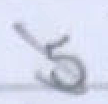
Text: 5
Cross-out: mix
Writing tool: pencil